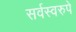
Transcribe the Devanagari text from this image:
सर्वस्वरुपे